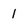
Character: 1